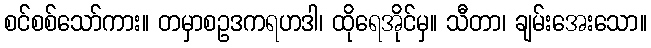
စင်စစ်သော်ကား။ တမှာစဥဒကရဟဒါ၊ ထိုရေအိုင်မှ။ သီတာ၊ ချမ်းအေးသော။